Veterinary [1916] -
Year: 1916
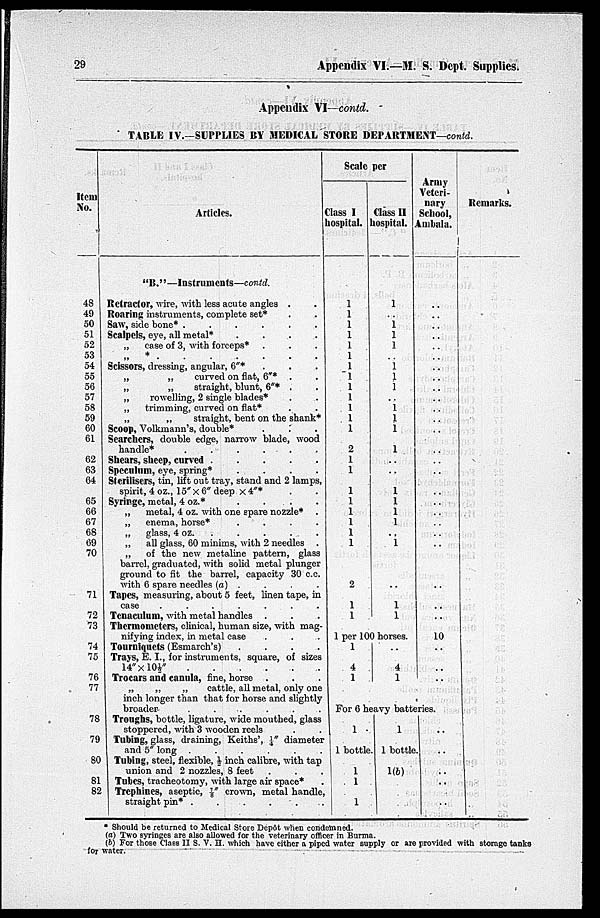
29
Appendix VI.—M. S. Dept. Supplies.
Appendix VI—contd.
TABLE IV.—SUPPLIES BY MEDICAL STORE DEPARTMENT—contd.
Item
No.
48
49
50
51
52
53
54
55
56
57
58
59
60
61
62
63
64
65
66
67
68
69
70
71
72
73
74
75
76
77
78
79
80
81
82
Articles.
" B."—Instruments—contd.
Retractor, wire, with less acute angles . .
Roaring instruments, complete set* . .
Saw, side bone* .
.
.
.
.
.
Scalpels, eye, all metal*
.
.
.
.
„
case of 3, with forceps* . . .
„ * . . . . . .
Scissors, dressing, angular, 6"* . . .
„
„
curved on flat, 6"* . .
„
„
straight, blunt, 6"* . .
„
rowelling, 2 single blades* . .
„
trimming, curved on flat* . .
„
„
straight, bent on the shank*
Scoop, Volkmann's, double* . . .
Searchers, double edge, narrow blade, wood
handle*
.
.
.
.
.
.
Shears, sheep, curved
.
.
.
.
.
Speculum, eye, spring*
.
.
.
.
Sterilisers, tin, lift out tray, stand and 2 lamps,
spirit, 4 oz., 15" × 6" deep × 4"* . .
Syringe, metal, 4 oz.*
.
.
.
„
metal, 4 oz. with one spare nozzle* .
„
enema, horse*
.
.
.
.
„
glass, 4 oz. . . . .
„
all glass, 60 minims, with 2 needles .
„
of the new metaline pattern, glass
barrel, graduated, with solid metal plunger
ground to fit the barrel, capacity 30 c.c.
with 6 spare needles (a) . . .
Tapes, measuring, about 5 feet, linen tape, in
case
.
.
.
.
.
.
.
Tenaculum, with metal handles . . .
Thermometers, clinical, human size, with mag
nifying index, in metal case . . .
Tourniquets (Esmarch's)
.
.
.
.
Trays, E. I., for instruments, square, of sizes
14"
×
10½"
.
.
.
.
.
Trocars and canula, fine, horse . . .
„
„
„
cattle, all metal, only one
inch longer than that for horse and slightly
broader
.
.
.
.
.
.
Troughs, bottle, ligature, wide mouthed, glass
stoppered, with 3 wooden reels . .
Tubing, glass, draining, Keiths', ¼" diameter
and 5" long .
.
.
.
.
.
Tubing, steel, flexible, ½ inch calibre, with tap
union and 2 nozzles, 8 feet . . .
Tubes, tracheotomy, with large air space* .
Trephines, aseptic, ⅞" crown, metal handle,
straight pin* .
.
.
.
.
.
Scale per
Class I
hospital.
1
1
1
1
1
1
1
1
1
1
1
1
1
2
1
1
1
1
1
1
1
1
2
1
1
Class II
hospital.
1
..
1
1
1
..
1 1
1
..
1 1
1
1
..
..
1
1
1
1
..
1
..
1
1
1 per 100 horses.
1
4
1
..
4
1
Army
Veteri
nary
School,
Ambala.
..
..
..
..
..
..
..
..
..
..
..
..
..
..
..
..
..
..
..
..
..
..
..
..
..
10
..
..
..
For 6 heavy batteries
1
1 bottle
1
1
1
1
1 bottle
1(b)
..
..
..
..
..
Remarks.
* Should be returned to Medical Store Depôt when condemned.
(a) Two syringes are also allowed for the veterinary officer in Burma.
(b) For those Class II S. V. H. which have either a piped water supply or are provided with storage tanks
for water.